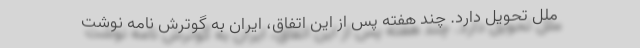
ملل تحویل دارد. چند هفته پس از این اتفاق، ایران به گوترش نامه نوشت